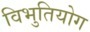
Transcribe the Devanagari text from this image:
विभुतियोग